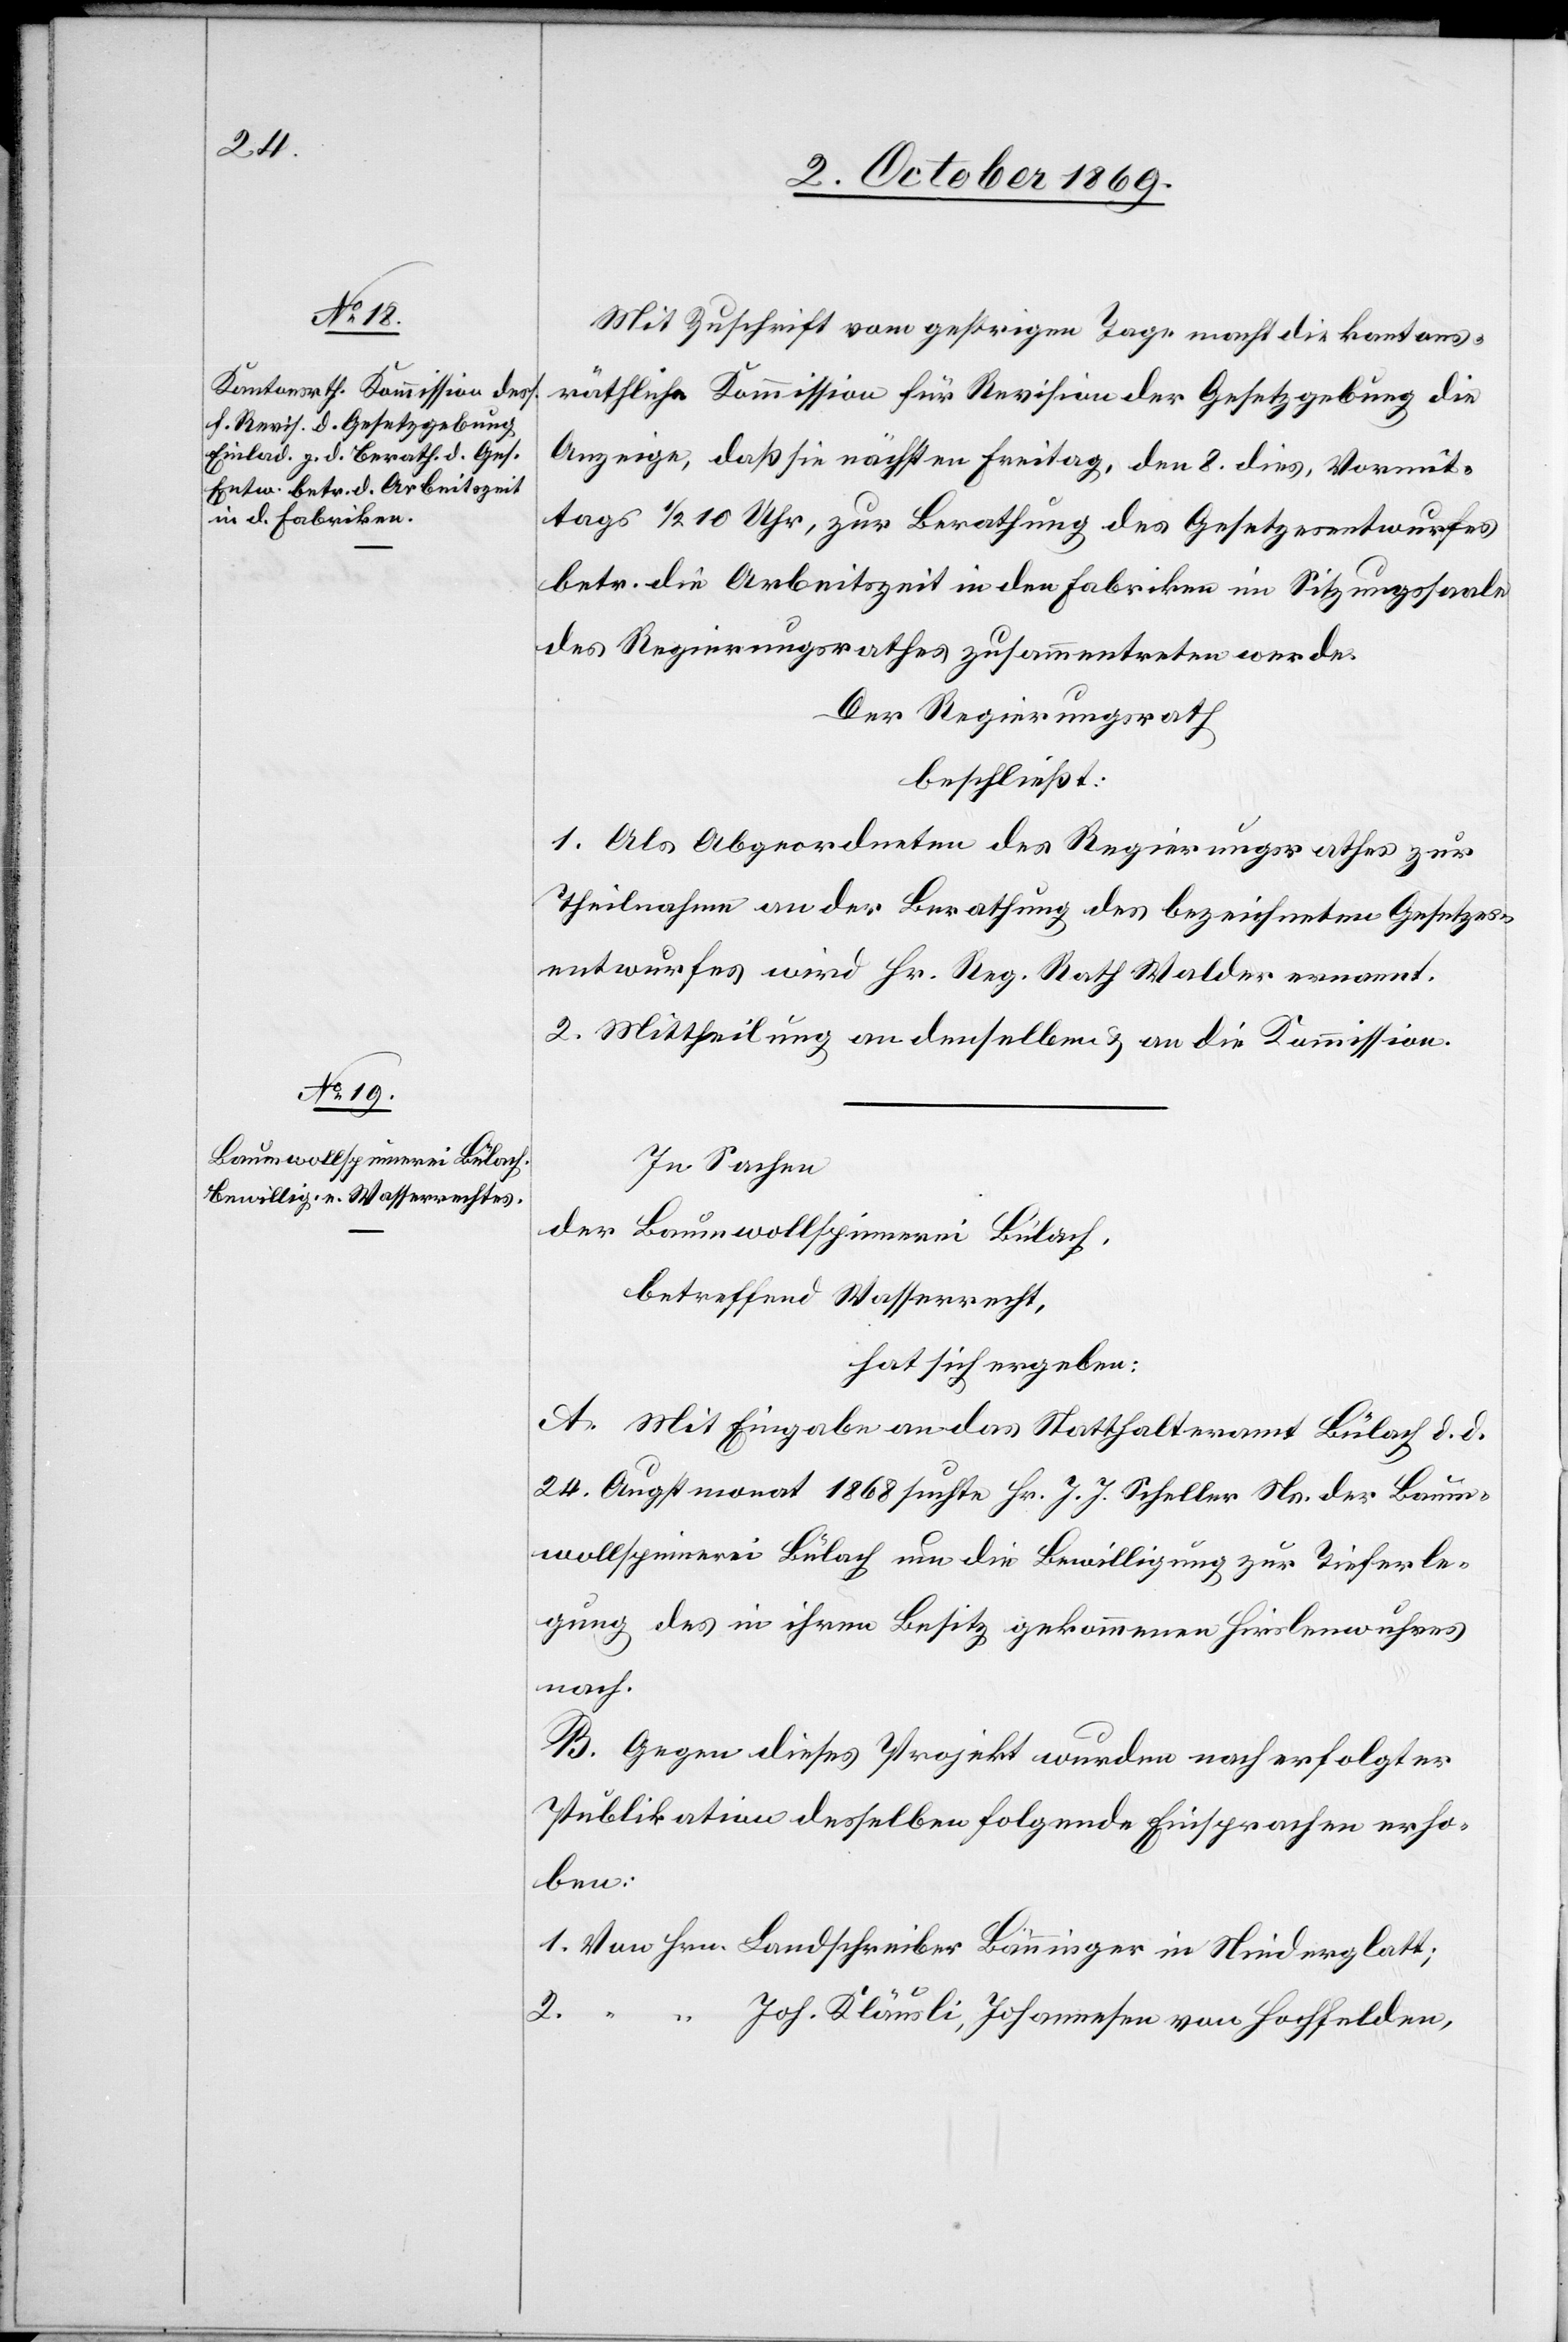
Mit Zuschrift vom gestrigen Tage macht die kantons¬
räthliche Kommission für Revision der Gesetzgebung die
Anzeige, daß sie nächsten Freitag, den 8. dies, Vormit¬
tags 1/2 10 Uhr, zur Berathung des Gesetzesentwurfes
betr. die Arbeitszeit in den Fabriken im Sitzungssaale
des Regierungsrathes zusammentreten werde.
Der Regierungsrath
beschließt:
1. Als Abgeordneten des Regierungsrathes zur
Theilnahme an der Berathung des bezeichneten Gesetzes¬
entwurfes wird Hr. Reg. Rath Walder ernannt.
2. Mittheilung an denselben & an die Kommission.
In Sachen
der Baumwollspinnerei Bülach,
betreffend Wasserrecht,
hat sich ergeben:
A. Mit Eingabe an das Statthalteramt Bülach d. d.
24. Augstmonat 1868 suchte Hr. J. J. Scheller Ns. der Baum¬
wollspinnerei Bülach um die Bewilligung zur Tieferle¬
gung des in ihren Besitz gekommenen Hirslenwuhres
nach.
B. Gegen dieses Projekt wurden nach erfolgter
Publikation desselben folgende Einsprachen erho¬
ben: